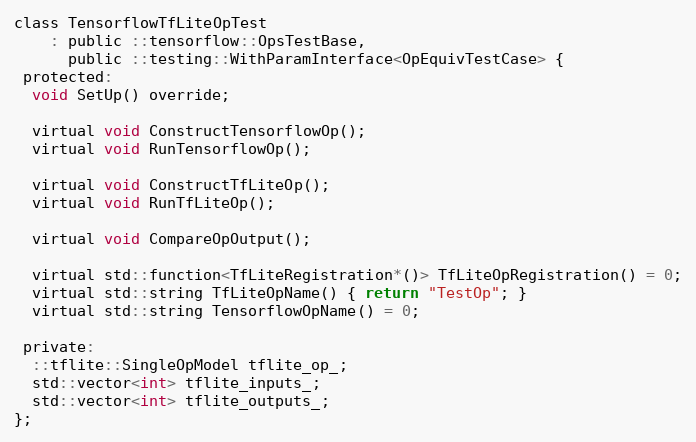
Language: C
class TensorflowTfLiteOpTest
    : public ::tensorflow::OpsTestBase,
      public ::testing::WithParamInterface<OpEquivTestCase> {
 protected:
  void SetUp() override;

  virtual void ConstructTensorflowOp();
  virtual void RunTensorflowOp();

  virtual void ConstructTfLiteOp();
  virtual void RunTfLiteOp();

  virtual void CompareOpOutput();

  virtual std::function<TfLiteRegistration*()> TfLiteOpRegistration() = 0;
  virtual std::string TfLiteOpName() { return "TestOp"; }
  virtual std::string TensorflowOpName() = 0;

 private:
  ::tflite::SingleOpModel tflite_op_;
  std::vector<int> tflite_inputs_;
  std::vector<int> tflite_outputs_;
};